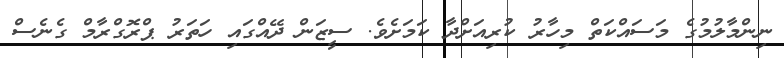
ނިންމާލުމުގެ މަސައްކަތް މިހާރު ކުރިއަށްދާ ކަމަށެވެ. ސީޒަން ދޭއްގައި ހަތަރު ޕްރޮގްރާމް ގެނެސް